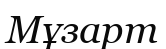
Мұзарт